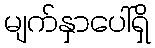
မျက်နှာပေါ်ရှိ